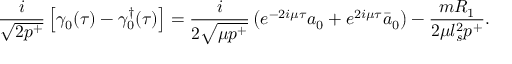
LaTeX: \frac { i } { \sqrt { 2 p ^ { + } } } \left[ \gamma _ { 0 } ( \tau ) - { \gamma _ { 0 } ^ { \dagger } } ( \tau ) \right] = \frac { i } { 2 \sqrt { \mu p ^ { + } } } \left( e ^ { - 2 i \mu \tau } a _ { 0 } + e ^ { 2 i \mu \tau } \bar { a } _ { 0 } \right) - \frac { m R _ { 1 } } { 2 \mu l _ { s } ^ { 2 } p ^ { + } } .